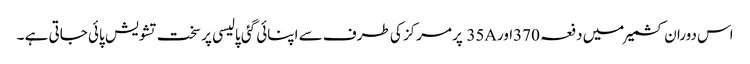
اس دوران کشمیر میں دفعہ 370اور35A پر مرکز کی طرف سے اپنائی گئی پالیسی پر سخت تشویش پائی جاتی ہے ۔